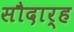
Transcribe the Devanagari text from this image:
सौदार्ह